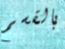
بالقسم